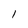
Character: 1